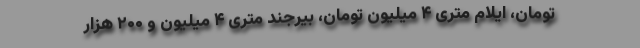
تومان، ایلام متری ۴ میلیون تومان، بیرجند متری ۴ میلیون و ۲۰۰ هزار